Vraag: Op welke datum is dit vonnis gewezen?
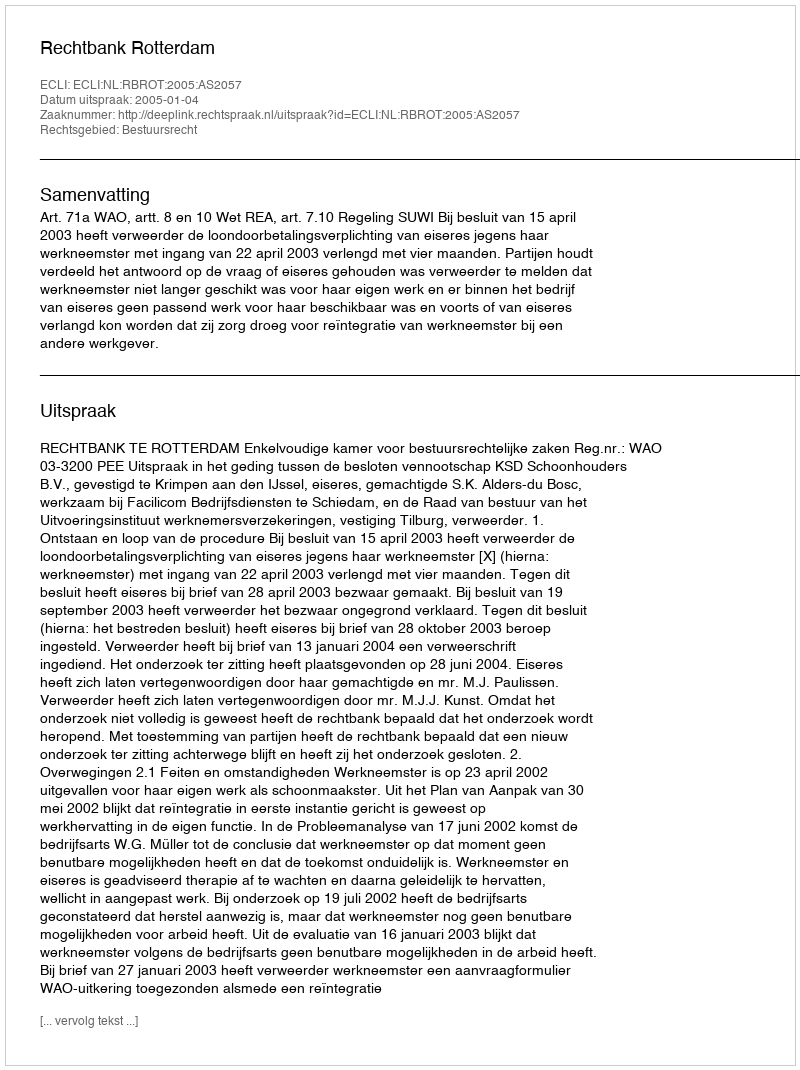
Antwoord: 2005-01-04